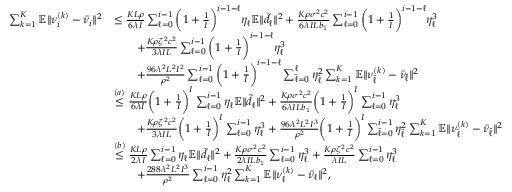
\begin{array} { r l } { \sum _ { k = 1 } ^ { K } \mathbb { E } \| \nu _ { i } ^ { ( k ) } - \bar { \nu } _ { i } \| ^ { 2 } } & { \leq \frac { K L \rho } { 6 \lambda I } \sum _ { \ell = 0 } ^ { i - 1 } { \bigg ( 1 + \frac { 1 } { I } \bigg ) ^ { i - 1 - \ell } } \eta _ { \ell } \mathbb { E } \| \tilde { d } _ { \ell } \| ^ { 2 } + { \frac { K \rho \sigma ^ { 2 } c ^ { 2 } } { 6 \lambda I L b _ { 1 } } } \sum _ { \ell = 0 } ^ { i - 1 } { \bigg ( 1 + \frac { 1 } { I } \bigg ) ^ { i - 1 - \ell } } \eta _ { \ell } ^ { 3 } } \\ & { \qquad + { \frac { K \rho \zeta ^ { 2 } c ^ { 2 } } { 3 \lambda I L } } \sum _ { \ell = 0 } ^ { i - 1 } { \bigg ( 1 + \frac { 1 } { I } \bigg ) ^ { i - 1 - \ell } } \eta _ { \ell } ^ { 3 } } \\ & { \qquad + \frac { 9 6 \lambda ^ { 2 } L ^ { 2 } I ^ { 2 } } { \rho ^ { 2 } } \sum _ { \ell = { 0 } } ^ { i - 1 } \bigg ( 1 + \frac { 1 } { I } \bigg ) ^ { i - 1 - \ell } \sum _ { \bar { \ell } = 0 } ^ { \ell } \eta _ { \bar { \ell } } ^ { 2 } \sum _ { k = 1 } ^ { K } \mathbb { E } \| \nu _ { \bar { \ell } } ^ { ( k ) } - \bar { \nu } _ { \bar { \ell } } \| ^ { 2 } } \\ & { \overset { ( a ) } { \leq } \frac { K L \rho } { 6 \lambda I } \bigg ( 1 + \frac { 1 } { I } \bigg ) ^ { I } \sum _ { \ell = 0 } ^ { i - 1 } \eta _ { \ell } \mathbb { E } \| \tilde { d } _ { \ell } \| ^ { 2 } + { \frac { K \rho \sigma ^ { 2 } c ^ { 2 } } { 6 \lambda I L b _ { 1 } } } \bigg ( 1 + \frac { 1 } { I } \bigg ) ^ { I } \sum _ { \ell = 0 } ^ { i - 1 } \eta _ { \ell } ^ { 3 } } \\ & { \qquad + { \frac { K \rho \zeta ^ { 2 } c ^ { 2 } } { 3 \lambda I L } } \bigg ( 1 + \frac { 1 } { I } \bigg ) ^ { I } \sum _ { \ell = 0 } ^ { i - 1 } \eta _ { \ell } ^ { 3 } + \frac { 9 6 \lambda ^ { 2 } L ^ { 2 } I ^ { 3 } } { \rho ^ { 2 } } \bigg ( 1 + \frac { 1 } { I } \bigg ) ^ { I } \sum _ { \bar { \ell } = 0 } ^ { i - 1 } \eta _ { \bar { \ell } } ^ { 2 } \sum _ { k = 1 } ^ { K } \mathbb { E } \| \nu _ { \bar { \ell } } ^ { ( k ) } - \bar { \nu } _ { \bar { \ell } } \| ^ { 2 } } \\ & { \overset { ( b ) } { \leq } \frac { K L \rho } { 2 \lambda I } \sum _ { \ell = 0 } ^ { i - 1 } \eta _ { \ell } \mathbb { E } \| \tilde { d } _ { \ell } \| ^ { 2 } + { \frac { K \rho \sigma ^ { 2 } c ^ { 2 } } { 2 \lambda I L b _ { 1 } } } \sum _ { \ell = 0 } ^ { i - 1 } \eta _ { \ell } ^ { 3 } + { \frac { K \rho \zeta ^ { 2 } c ^ { 2 } } { \lambda I L } } \sum _ { \ell = 0 } ^ { i - 1 } \eta _ { \ell } ^ { 3 } } \\ & { \qquad + \frac { 2 8 8 \lambda ^ { 2 } L ^ { 2 } I ^ { 3 } } { \rho ^ { 2 } } \sum _ { \ell = 0 } ^ { i - 1 } \eta _ { \ell } ^ { 2 } \sum _ { k = 1 } ^ { K } \mathbb { E } \| \nu _ { \ell } ^ { ( k ) } - \bar { \nu } _ { \ell } \| ^ { 2 } , } \end{array}